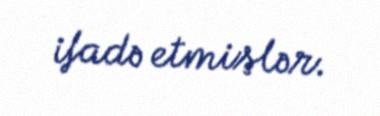
ifadə etmişlər.